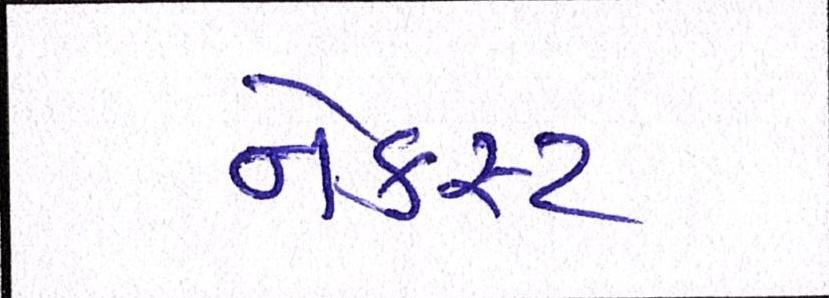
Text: નેક્સ્ટ